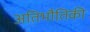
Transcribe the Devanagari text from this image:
अतिभौतिकी